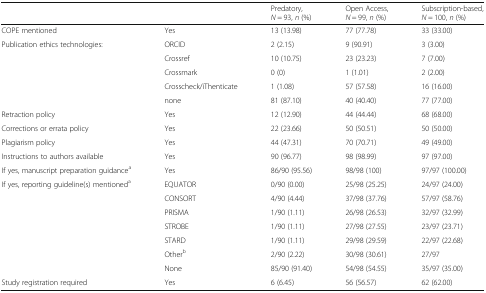
<table><thead><tr><td></td><td></td><td><b>Predatory, <i>N</i> = 93, <i>n</i> (%)</b></td><td><b>Open Access, <i>N</i> = 99, <i>n</i> (%)</b></td><td><b>Subscription-based, <i>N</i> = 100, <i>n</i> (%)</b></td></tr></thead><tbody><tr><td>COPE mentioned</td><td>Yes</td><td>13 (13.98)</td><td>77 (77.78)</td><td>33 (33.00)</td></tr><tr><td rowspan="5">Publication ethics technologies:</td><td>ORCID</td><td>2 (2.15)</td><td>9 (90.91)</td><td>3 (3.00)</td></tr><tr><td>Crossref</td><td>10 (10.75)</td><td>23 (23.23)</td><td>7 (7.00)</td></tr><tr><td>Crossmark</td><td>0 (0)</td><td>1 (1.01)</td><td>2 (2.00)</td></tr><tr><td>Crosscheck/iThenticate</td><td>1 (1.08)</td><td>57 (57.58)</td><td>16 (16.00)</td></tr><tr><td>none</td><td>81 (87.10)</td><td>40 (40.40)</td><td>77 (77.00)</td></tr><tr><td>Retraction policy</td><td>Yes</td><td>12 (12.90)</td><td>44 (44.44)</td><td>68 (68.00)</td></tr><tr><td>Corrections or errata policy</td><td>Yes</td><td>22 (23.66)</td><td>50 (50.51)</td><td>50 (50.00)</td></tr><tr><td>Plagiarism policy</td><td>Yes</td><td>44 (47.31)</td><td>70 (70.71)</td><td>49 (49.00)</td></tr><tr><td>Instructions to authors available</td><td>Yes</td><td>90 (96.77)</td><td>98 (98.99)</td><td>97 (97.00)</td></tr><tr><td>If yes, manuscript preparation guidance<sup>a</sup></td><td>Yes</td><td>86/90 (95.56)</td><td>98/98 (100)</td><td>97/97 (100.00)</td></tr><tr><td rowspan="7">If yes, reporting guideline(s) mentioned<sup>a</sup></td><td>EQUATOR</td><td>0/90 (0.00)</td><td>25/98 (25.25)</td><td>24/97 (24.00)</td></tr><tr><td>CONSORT</td><td>4/90 (4.44)</td><td>37/98 (37.76)</td><td>57/97 (58.76)</td></tr><tr><td>PRISMA</td><td>1/90 (1.11)</td><td>26/98 (26.53)</td><td>32/97 (32.99)</td></tr><tr><td>STROBE</td><td>1/90 (1.11)</td><td>27/98 (27.55)</td><td>23/97 (23.71)</td></tr><tr><td>STARD</td><td>1/90 (1.11)</td><td>29/98 (29.59)</td><td>22/97 (22.68)</td></tr><tr><td>Other<sup>b</sup></td><td>2/90 (2.22)</td><td>30/98 (30.61)</td><td>27/97</td></tr><tr><td>None</td><td>85/90 (91.40)</td><td>54/98 (54.55)</td><td>35/97 (35.00)</td></tr><tr><td>Study registration required</td><td>Yes</td><td>6 (6.45)</td><td>56 (56.57)</td><td>62 (62.00)</td></tr></tbody></table>